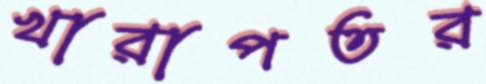
খারাপতর